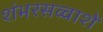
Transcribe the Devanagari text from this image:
शंभरसव्वाशें